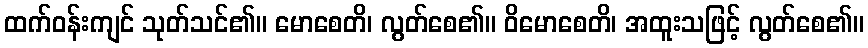
ထက်ဝန်းကျင် သုတ်သင်၏။ မောစေတိ၊ လွတ်စေ၏။ ဝိမောစေတိ၊ အထူးသဖြင့် လွတ်စေ၏။